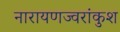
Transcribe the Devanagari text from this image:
नारायणज्वरांकुश